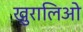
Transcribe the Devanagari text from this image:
खुरालिओ